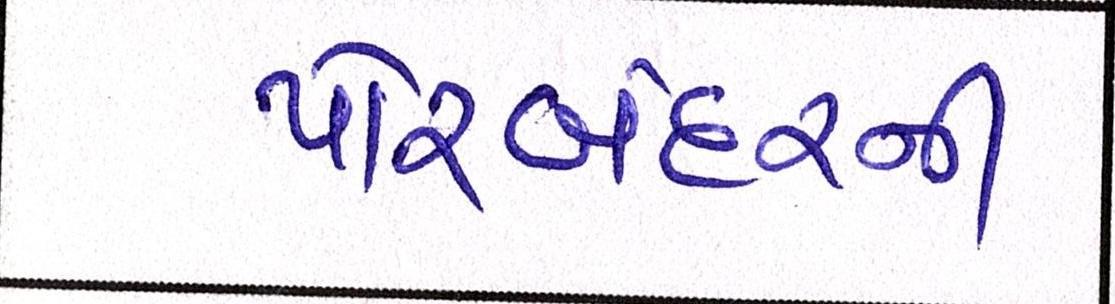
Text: પોરબંદરની